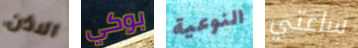
الاذن بوكي النوعية ساعتي